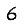
Digit: 6